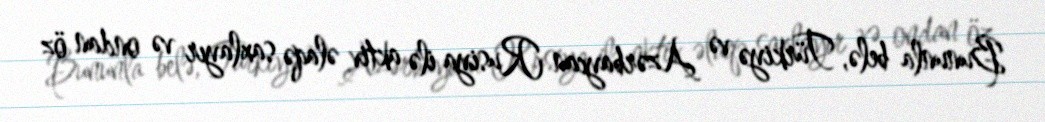
Bununla belə, Türkiyə və Azərbaycan Rusiya ilə aktiv əlaqə saxlayır və ondan öz